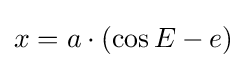
x=a\cdot (\cos E-e)